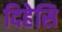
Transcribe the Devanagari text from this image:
दिहेसि